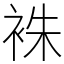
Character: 袾